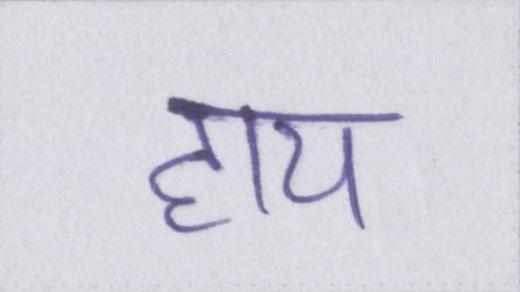
हाय